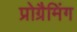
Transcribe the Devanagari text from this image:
प्रोग्रैमिंग